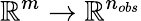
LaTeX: {\mathbb{R}}^{m}\rightarrow{\mathbb{R}}^{n_{obs}}